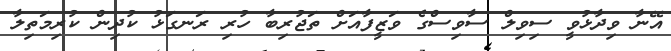
އޭނާ ވިދާޅުވީ ސިވިލް ސާވިސްގެ ވަޒީފާއަށް ތަޖުރިބާ ހުރި ރަނގަޅު ކުދިން ކުރިމަތިލާ